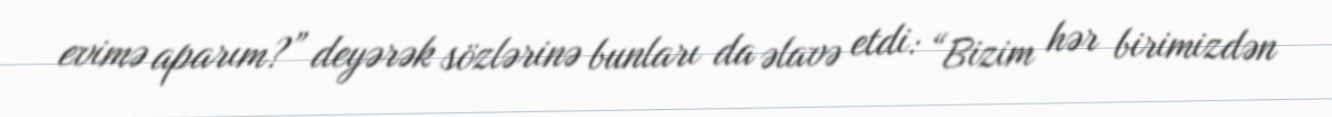
evimə aparım?” deyərək sözlərinə bunları da əlavə etdi: “Bizim hər birimizdən